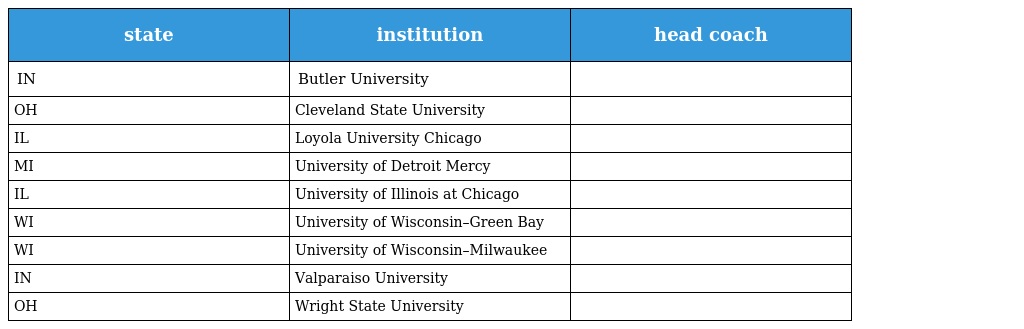
| state | institution | head coach |
 | --- | --- | --- |
 | IN | Butler University |  |
 | OH | Cleveland State University |  |
 | IL | Loyola University Chicago |  |
 | MI | University of Detroit Mercy |  |
 | IL | University of Illinois at Chicago |  |
 | WI | University of Wisconsin–Green Bay |  |
 | WI | University of Wisconsin–Milwaukee |  |
 | IN | Valparaiso University |  |
 | OH | Wright State University |  |